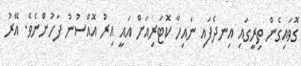
ގޮވައިގެން ތިރީގައި އިނދެފައި ނައިހާ ކޮޓަރިއަށް އައީ އިރު އޮއްސުނު ފަހުންނެވެ. އޭރު